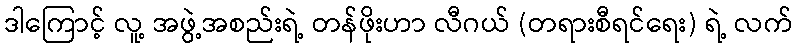
ဒါကြောင့် လူ့ အဖွဲ့အစည်းရဲ့ တန်ဖိုးဟာ လီဂယ် (တရားစီရင်ရေး) ရဲ့ လက်